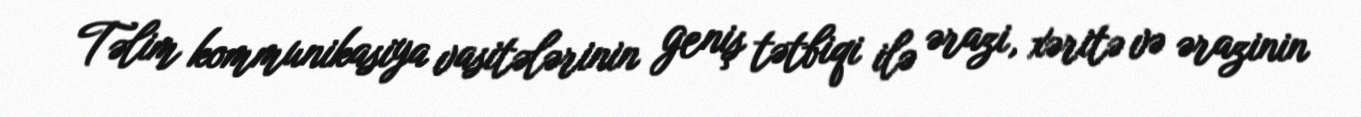
Təlim kommunikasiya vasitələrinin geniş tətbiqi ilə ərazi, xəritə və ərazinin